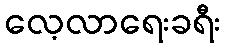
လေ့လာရေးခရီး